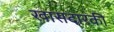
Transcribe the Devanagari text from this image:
खासदारकी